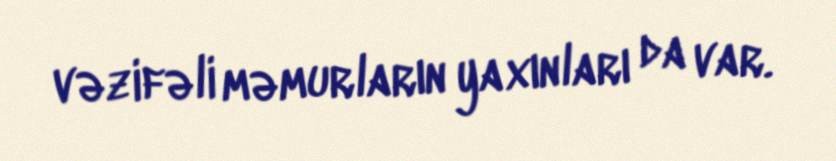
vəzifəli məmurların yaxınları da var.